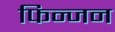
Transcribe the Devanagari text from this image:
फिन्जन